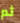
ثم